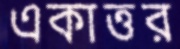
একাত্তর